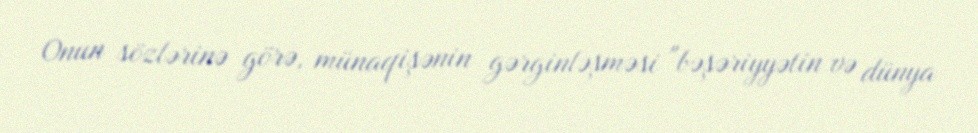
Onun sözlərinə görə, münaqişənin gərginləşməsi "bəşəriyyətin və dünya